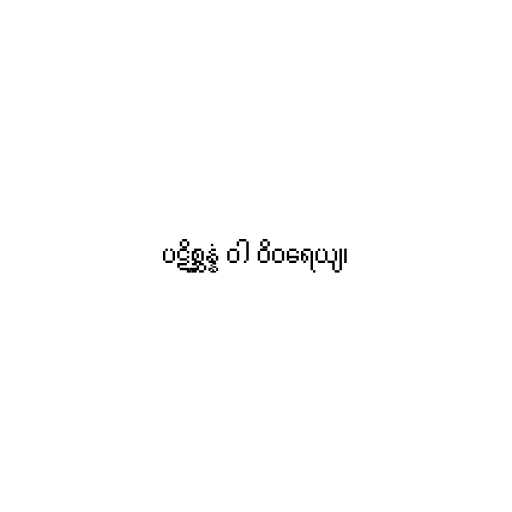
ပဋိစ္ဆန္နံ ဝါ ဝိဝရေယျ၊